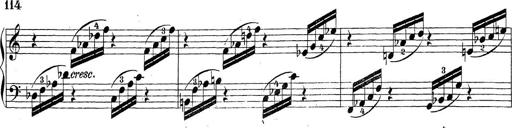
Title: Sonatina Album
Composer: Louis KÃ¶hler